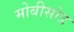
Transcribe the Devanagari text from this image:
मोबीसोड